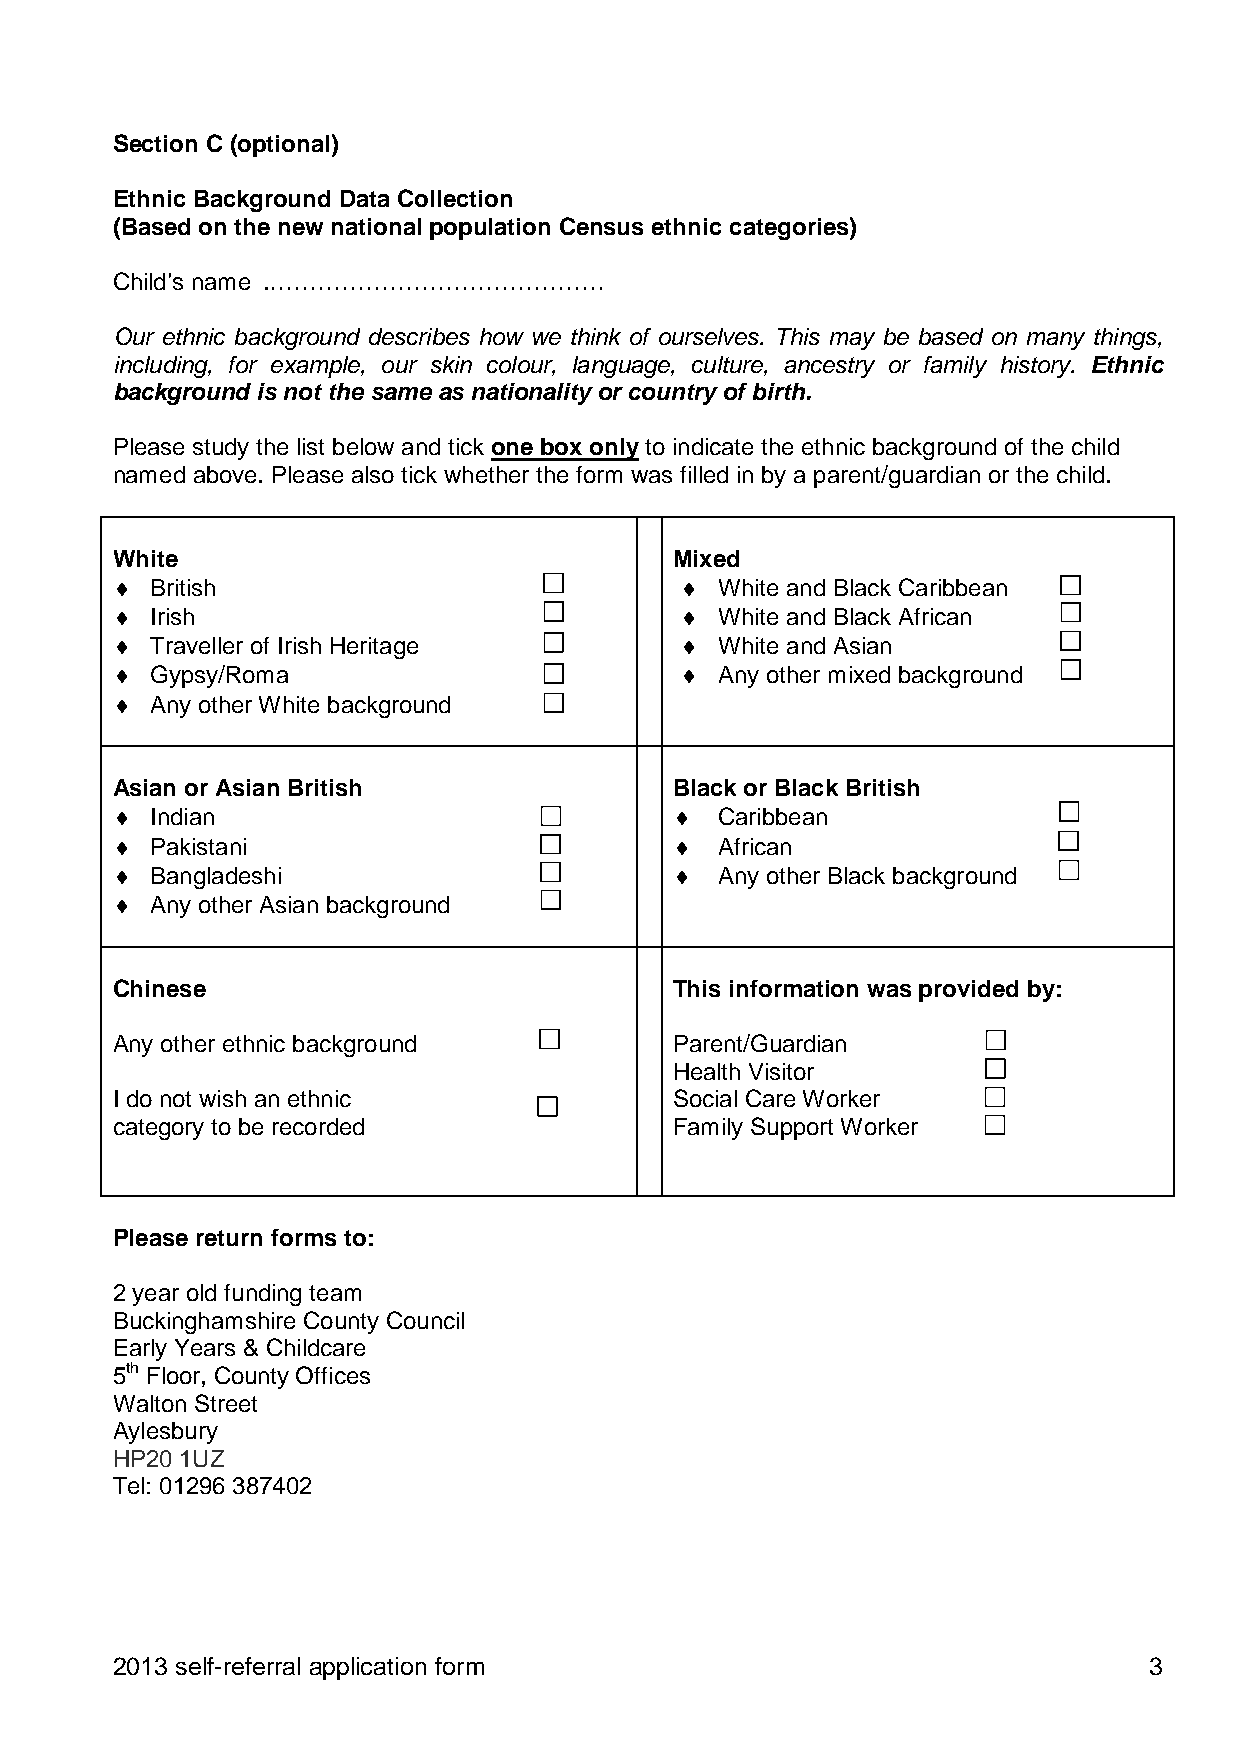
Section C (optional)
 Ethnic Background Data Collection
 (Based on the new national population Census ethnic categories)
 Child’s name .……………………………………
 Our ethnic background describes how we think of ourselves. This may be based on many things,
 including, for example, our skin colour, language, culture, ancestry or family history. Ethnic
 background is not the same as nationality or country of birth.
 Please study the list below and tick one box only to indicate the ethnic background of the child
 named above. Please also tick whether the form was filled in by a parent/guardian or the child.
 White                                 Mixed
 ♦  British                            ♦  White and Black Caribbean
 ♦  Irish                              ♦  White and Black African
 ♦  Traveller of Irish Heritage        ♦  White and Asian
 ♦  Gypsy/Roma                         ♦  Any other mixed background
 ♦  Any other White background
 Asian or Asian British                Black or Black British
 ♦  Indian                             ♦  Caribbean
 ♦  Pakistani                          ♦  African
 ♦  Bangladeshi                        ♦  Any other Black background
 ♦  Any other Asian background
 Chinese                               This information was provided by:
 Any other ethnic background           Parent/Guardian
 Health Visitor
 I do not wish an ethnic               Social Care Worker
 category to be recorded               Family Support Worker
 Please return forms to:
 2 year old funding team
 Buckinghamshire County Council
 Early Years & Childcare
 5th Floor, County Offices
 Walton Street
 Aylesbury
 HP20 1UZ
 Tel: 01296 387402
 2013 self-referral application form                                  3